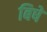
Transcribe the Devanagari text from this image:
बिषे